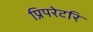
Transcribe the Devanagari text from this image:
प्रिपरेटरि